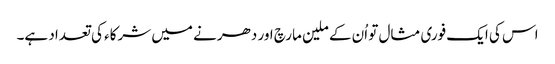
اس کی ایک فوری مثال تو اُن کے ملین مارچ اور دھرنے میں شرکاء کی تعداد ہے۔